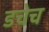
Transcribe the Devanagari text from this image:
डचेच